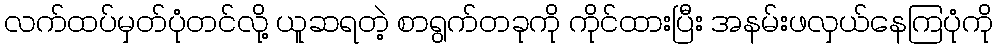
လက်ထပ်မှတ်ပုံတင်လို့ ယူဆရတဲ့ စာရွက်တခုကို ကိုင်ထားပြီး အနမ်းဖလှယ်နေကြပုံကို